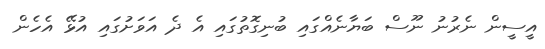
އީސީން ނެރުނު ނޫސް ބަޔާނެއްގައި ބުނިގޮތުގައި އެ ދެ އަވަށުގައި އުޅޭ އެހެން